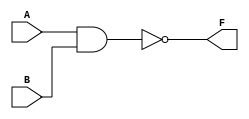

//
//KEY1  KEY2A B  IO
//FLED

/* NAND_G2 */
    module NAND_G2 ( A,B,F );
    input A,B;            // 
    output F;             // 
    assign F =~(A & B);   //A B1 ;LED
                          //A B LED
    endmodule